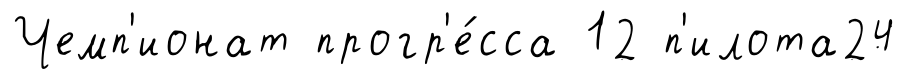
Чемп'ионат прогр'е́сса 12 п'илота24